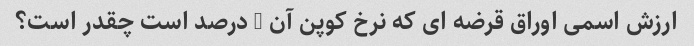
ارزش اسمی اوراق قرضه ای که نرخ کوپن آن 5 درصد است چقدر است؟